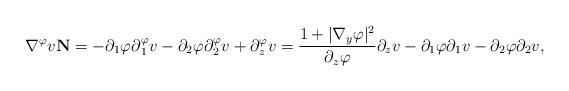
LaTeX: \begin{align*}\nabla^\varphi v\mathbf{N}=-\partial_1\varphi\partial{_1^\varphi}v-\partial_2\varphi\partial{_2^\varphi}v+\partial{_z^\varphi}v=\frac{1+|\nabla_y\varphi|^2}{\partial_z\varphi}\partial_zv-\partial_1\varphi\partial_1v-\partial_2\varphi\partial_2v,\end{align*}